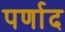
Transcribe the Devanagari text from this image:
पर्णाद